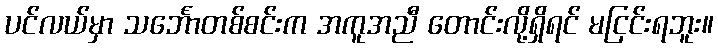
ပင်လယ်မှာ သင်္ဘောတစ်စင်းက အကူအညီ တောင်းလို့ရှိရင် မငြင်းရဘူး။